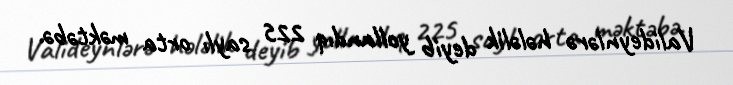
Valideynlərə hələlik deyib yollandıq 225 saylı orta məktəbə.